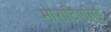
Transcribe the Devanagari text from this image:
माराटिएसिई